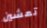
تمشين